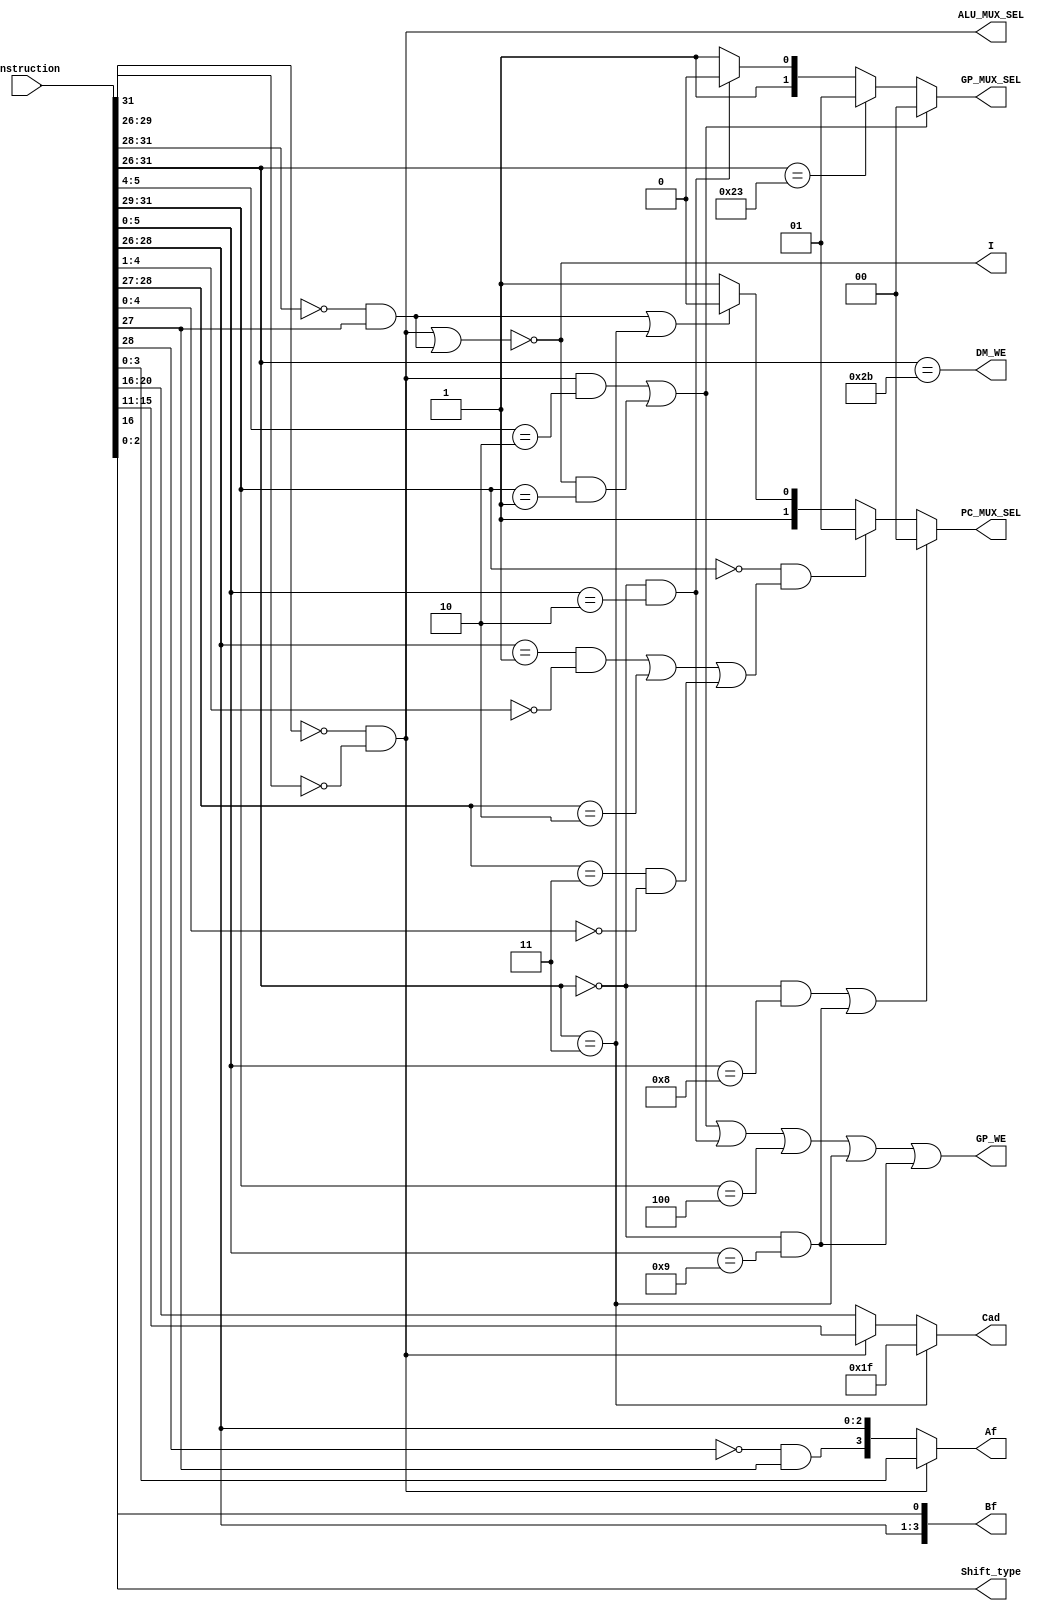
//TO TEST
//instruction decoder
module I_Decoder (
	input [31:0] Instruction,
	
	
	//ALU
	output [3:0] Af,
	output I,
			 ALU_MUX_SEL,
	
	//GPR
	output[4:0] Cad,
	output GP_WE,
	output [1:0] GP_MUX_SEL,
	
	//BCE
	output[3:0] Bf,
	
	//MEMORY
	output DM_WE,
	
	//SHIFTER
	output [2:0] Shift_type,
	
	//PC
	output [1:0] PC_MUX_SEL
);

wire [5:0] opc, fun;
wire R_type, J_type, I_type, jal, srl, jalr, l, alur, alui, alu, jr;
wire [4:0] rt, rd;

//basic architecture, page 115-116
assign opc[5:0] = Instruction[31:26];
assign R_type =(opc[5] == 0) && (opc[3:0] == 0);
assign J_type = (opc[5:2] == 0) && opc[1];
assign I_type = ~(R_type || J_type);
assign rt[4:0] = Instruction[20:16];
assign rd[4:0] = Instruction[15:11];
assign fun[5:0] = Instruction[5:0];

assign jal = opc[5:0] == 6'b000011;
assign alur = R_type && (fun[5:4] == 2'b10);
assign alui = I_type && (opc[5:3] == 3'b001);
assign alu = alur || alui;
assign srl = (opc[5:0] == 0) && (fun[5:0] == 6'b000010);
assign jalr = (opc[5:0] == 0) && (fun[5:0] == 6'b001001);
assign l = opc[5:3] == 3'b100;
assign jr = (opc[5:0] == 0) && fun[5:0] == 6'b001000;

//ALU
assign Af[3:0] = R_type ? fun[3:0] : {(~opc[2] && opc[1]), opc[2:0]}; //basic architecture, page 117
assign I = I_type;
assign ALU_MUX_SEL = R_type; //if 1 then Rt field

//GPR
assign Cad[4:0] = jal ? {5{1'b1}} : (R_type ? rd[4:0] : rt[4:0]);
assign GP_WE = alu || srl || l || jal || jalr;

//0 - alu, 1 - memory, 2 - shifter, 3 - pc
assign GP_MUX_SEL [1:0] = alu ? 0 : (opc[5:0] == 6'b100011 ? 1 : ((opc[5:0] == 0) && (fun[5:0] == 6'b000010) ? 2 : 3));

//BCE
assign Bf[3:0] = {Instruction[28:26], Instruction[16]};

//MEMORY
assign DM_WE = opc[5:0] == 6'b101011;

//SHIFTER
assign Shift_type[2:0] = Instruction[2:0];

//PC
// jr || jalr   -  0
//branch inst - 1
//j or jal - 2
//else - 3
assign PC_MUX_SEL [1:0] = jr || jalr ? 0 : ((opc[5:3] == 0 && (opc[2:0] == 3'b001 && fun[4:1] == 0 || opc[2:1] == 2'b10 || opc[2:1] == 2'b11 && fun[4:0] == 0)) ? 1 : ((J_type || jal) ? 2 : 3)); 

endmodule